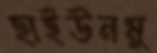
হাইউনমু